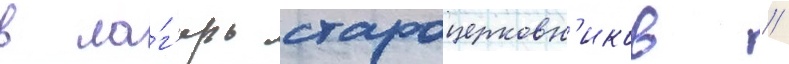
в ла́г'ерь староцерковн'иков /